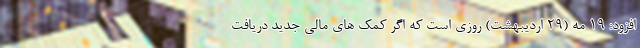
افزود: ۱۹ مه (۲۹ اردیبهشت) روزی است که اگر کمک های مالی جدید دریافت